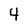
Character: 4